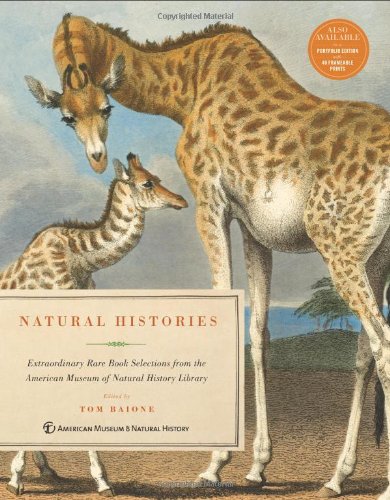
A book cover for Natural Histories: Extraordinary Rare Book Selections from the American Museum of Natural History Library; Arts & Photography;